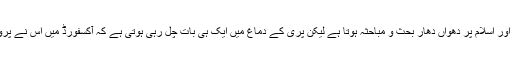
2016 میں اس شام رات کے کھانے کی دعوت میں ترک نیسنلزم، کیپیٹیلزم اور اسلام پر دھواں دھار بحث و مباحثہ ہوتا ہے لیکن پری کے دماغ میں ایک ہی بات چل رہی ہوتی ہے کہ آکسفورڈ میں اس نے پروفیسر آذر کے ساتھ جو دھوکہ کیا تھا اسے اب اسے اسکا سامنا کرنا چاہیئے۔